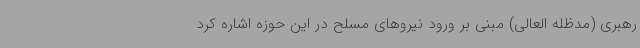
رهبری (مدظله العالی) مبنی بر ورود نیروهای مسلح در این حوزه اشاره کرد